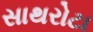
સાથરોટા